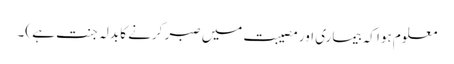
معلوم ہوا کہ بیماری اور مصیبت میں صبر کرنے کا بدلہ جنت ہے )۔